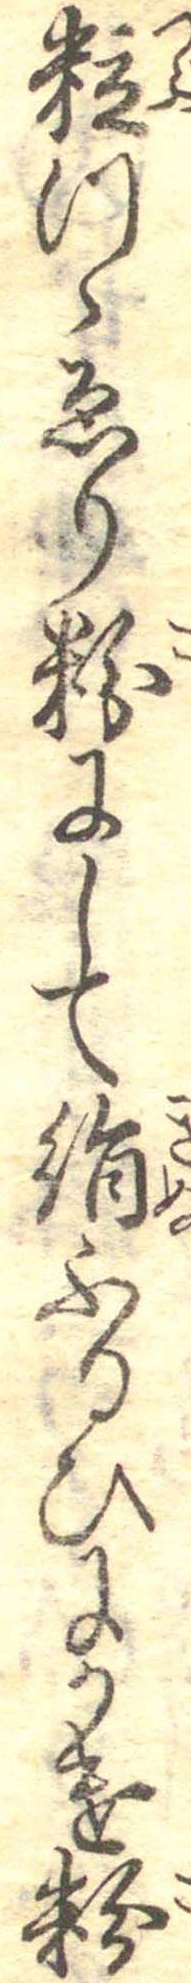
粒つゝゑり粉にして絹ふるひにかけ粉